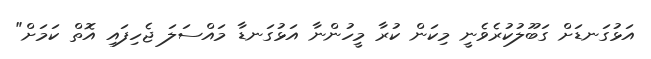
އަޅުގަނޑަށް ގަބޫލުކުރެވެނީ މިކަން ކުރާ މީހުންނާ އަޅުގަނޑާ މައްސަލަ ޖެހިފައި އޮތް ކަމަށް"